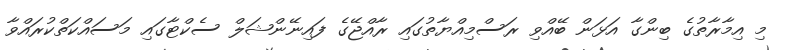
މި އިމާރާތުގެ ބިންގާ އަޅަން ބޭއްވި ރަސްމިއްޔާތުގައި ރާއްޖޭގެ ފައިނޭންޝަލް ސެކްޓާގައި މަސައްކަތްކުރައްވާ